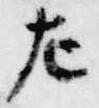
左